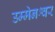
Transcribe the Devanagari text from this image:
उम्मेनश्वर